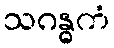
သဂန္ဓကံ